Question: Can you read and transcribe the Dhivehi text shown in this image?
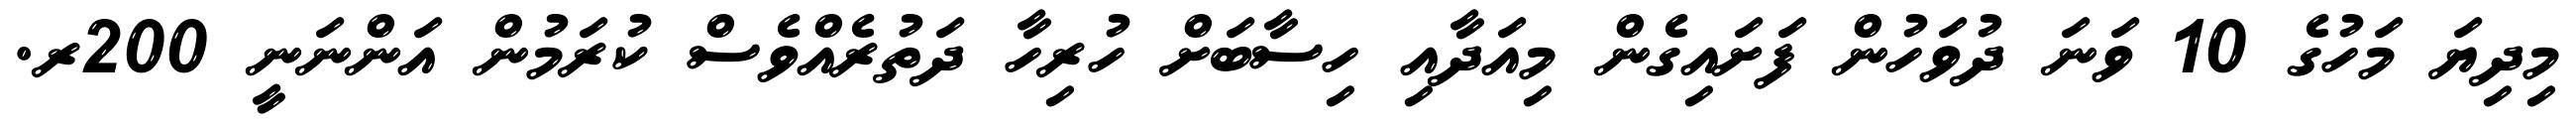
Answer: މިދިޔަ މަހުގެ 10 ވަނަ ދުވަހުން ފަށައިގެން މިއަދާއި ހިސާބަށް ހުރިހާ ދަތުރެއްވެސް ކުރަމުން އަންނަނީ 200ރ.